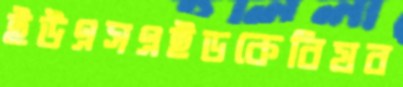
ইউএসএইডকেবিষব